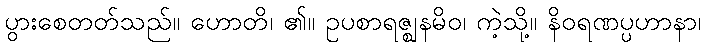
ပွားစေတတ်သည်။ ဟောတိ၊ ၏။ ဥပစာရဇ္ဈနမိဝ၊ ကဲ့သို့။ နိဝရဏပ္ပဟာနာ၊